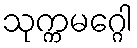
သုက္ကမဂ္ဂေါ